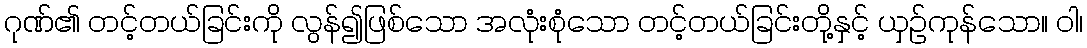
ဂုဏ်၏ တင့်တယ်ခြင်းကို လွန်၍ဖြစ်သော အလုံးစုံသော တင့်တယ်ခြင်းတို့နှင့် ယှဉ်ကုန်သော။ ဝါ၊